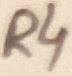
Text: R4